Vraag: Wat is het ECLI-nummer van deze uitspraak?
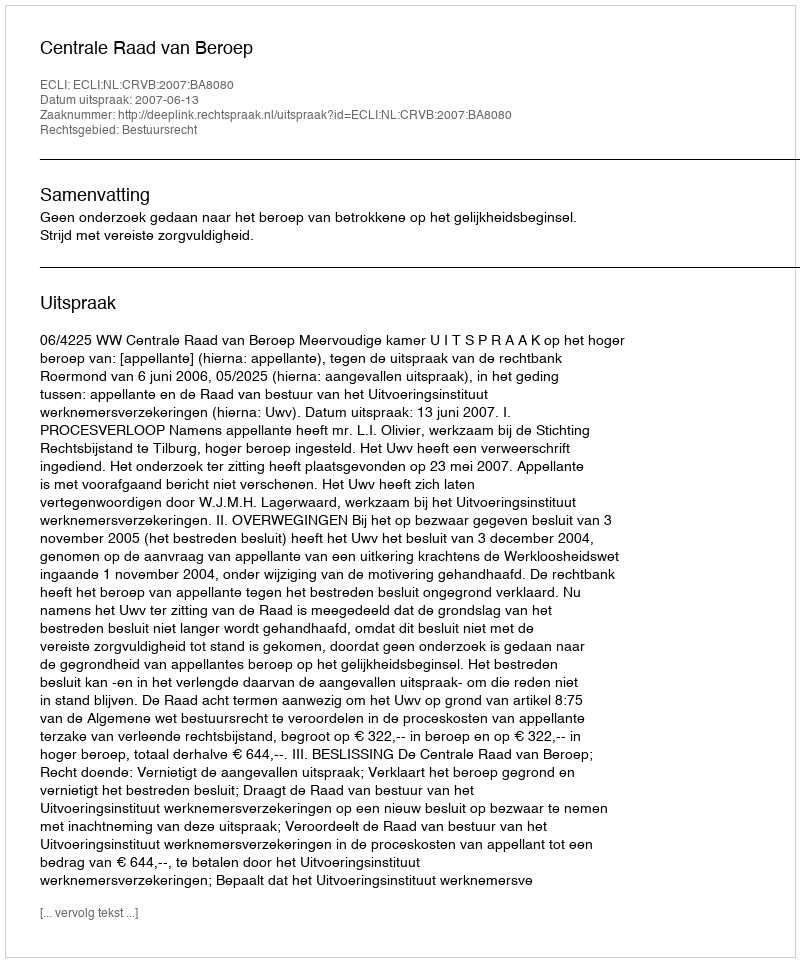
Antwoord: ECLI:NL:CRVB:2007:BA8080